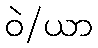
ဝဲ/ယာ